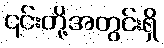
၎င်းတို့အတွင်းရှိ